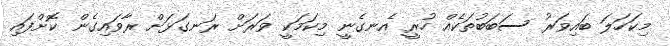
މިކަހަލަ ބައިވަރު ސަބަބުތަކެއް ހުރީ އެނގެނީ މިކަމަކީ ވަރަށް ރަނގަޅަށް ރާވައިގެން ކޮށްފައި